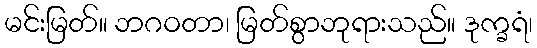
မင်းမြတ်။ ဘဂဝတာ၊ မြတ်စွာဘုရားသည်။ ဒုက္ခရံ၊